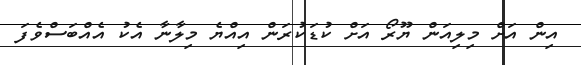
އިން އަށް މިލިއަން ޔޫރޯ އަށް ކުޑަކުރަން އިއްޔެ މިލާނާ އެކު އެއްބަސްވެފަ